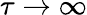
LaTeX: \tau\rightarrow\infty